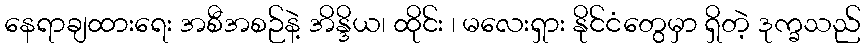
နေရာချထားရေး အစီအစဉ်နဲ့ အိန္ဒိယ၊ ထိုင်း ၊ မလေးရှား နိုင်ငံတွေမှာ ရှိတဲ့ ဒုက္ခသည်